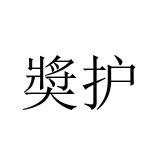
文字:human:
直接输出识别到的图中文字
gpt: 奬护